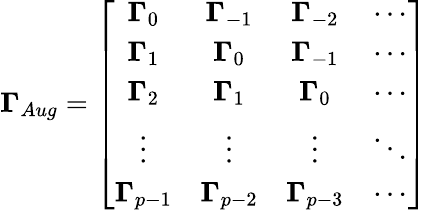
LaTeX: \mathbf{\Gamma}_{Aug}=\left[\begin{array}{cccc}{\mathbf{\Gamma}_{0}}&{\mathbf{\Gamma}_{-1}}&{\mathbf{\Gamma}_{-2}}&{\cdots}\\ {\mathbf{\Gamma}_{1}}&{\mathbf{\Gamma}_{0}}&{\mathbf{\Gamma}_{-1}}&{\cdots}\\ {\mathbf{\Gamma}_{2}}&{\mathbf{\Gamma}_{1}}&{\mathbf{\Gamma}_{0}}&{\cdots}\\ {\vdots}&{\vdots}&{\vdots}&{\ddots}\\ {\mathbf{\Gamma}_{p-1}}&{\mathbf{\Gamma}_{p-2}}&{\mathbf{\Gamma}_{p-3}}&{\cdots}\end{array}\right]